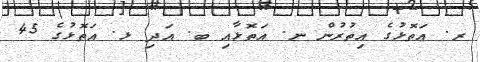
ރ. އަތޮޅުގެ އިތުރުން ނ. އަތޮޅާއި ބ. އަދި ޅ. އަތޮޅުގެ 45